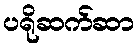
ပရိုဆက်ဆာ